Annual report of the Civil Veterinary Department, Bengal, for the year 1898-99 - 1898-1899
Year: 1898
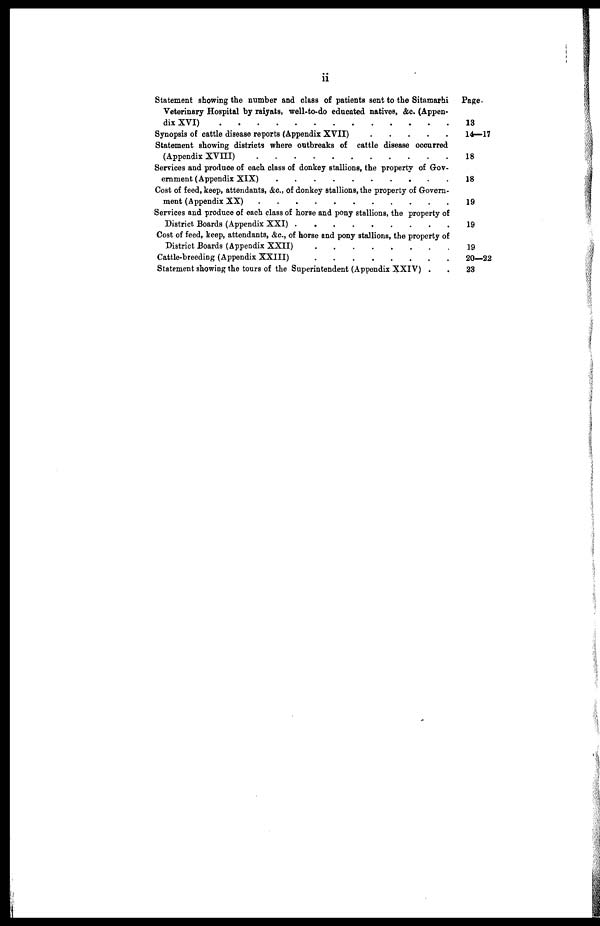
ii
Statement showing the number and class of patients sent to the Sitamarhi
Veterinary Hospital by raiyats, well-to-do educated natives, &c. (Appen-
dix XVI) . . . . . . . . . . . .
Synopsis of cattle disease reports (Appendix XVII) . . . . . .
Statement showing districts where outbreaks of cattle disease occurred
(Appendix XVIII) . . . . . . . . . .
Services and produce of each class of donkey stallions, the property of Gov-
ernment (Appendix XIX) . . . . . . . . . . . . . . .
Cost of feed, keep, attendants, &c., of donkey stallions, the property of Govern-
ment (Appendix XX) . . . . . . . . . . . . . . .
Services and produce of each class of horse and pony stallions, the property of
District Boards (Appendix XXI) . . . . . . . . . . . . . . .
Cost of feed, keep, attendants, &c., of horse and pony stallions, the property of
District Boards (Appendix XXII) . . . . . . . . . . . . . . .
Cattle-breeding (Appendix XXIII) . . . . . . . . . . . . . . .
Statement showing the tours of the Superintendent (Appendix XXIV) . .
Page.
13
14—17
18
18
19
19
19
20—22
23